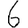
Digit: 6